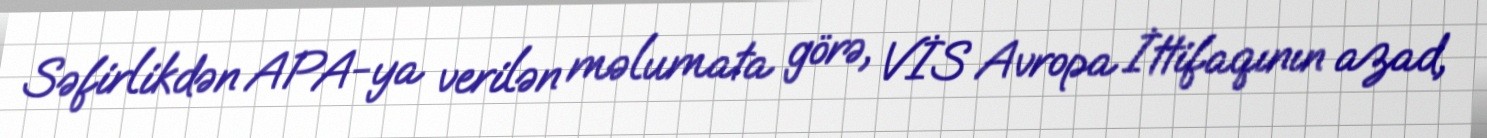
Səfirlikdən APA-ya verilən məlumata görə, VİS Avropa İttifaqının azad,